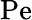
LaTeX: \textrm{Pe}